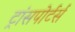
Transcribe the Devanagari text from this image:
ट्रांसपोर्टर्स